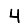
Digit: 4